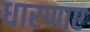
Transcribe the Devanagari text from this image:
धारणाए